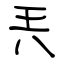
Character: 兲